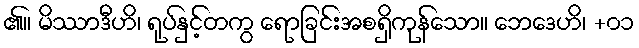
၏။ မိဿာဒီဟိ၊ ရုပ်နှင့်တကွ ရောခြင်းအစရှိကုန်သော။ ဘေဒေဟိ၊ +၀၁